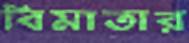
বিমাতার